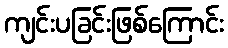
ကျင်းပခြင်းဖြစ်ကြောင်း